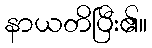
နာယတိပြီး၏။